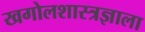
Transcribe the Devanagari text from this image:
खगोलशास्त्रज्ञाला